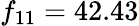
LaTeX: f_{11}=42.43